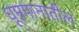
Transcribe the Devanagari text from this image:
धूम्रपानातील